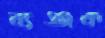
ব্যঞ্জক